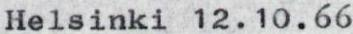
Helsinki 12.10.66